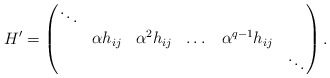
\begin{align*} H'=\begin{pmatrix} \ddots&&&&&\\ &\alpha h_{ij}&\alpha^2 h_{ij}&\dots&\alpha^{q-1} h_{ij}&\\ &&&&&\ddots \end{pmatrix}.\end{align*}